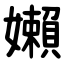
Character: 嬾